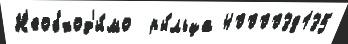
Н'еобход'и́мо  ры́льца 4000038135